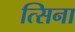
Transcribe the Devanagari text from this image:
त्सिना